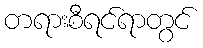
တရားစီရင်ရာတွင်